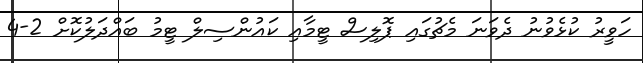
ހަވީރު ކުޅެވުނު ދެވަނަ މެޗުގައި ޕޮލިސް ޓީމާއި ކައުންސިލް ޓީމު ބައްދަލުކޮށް 2-4